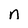
Character: n